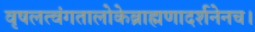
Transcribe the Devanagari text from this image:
वृषलत्वंगतालोकेब्राह्मणादर्शनेनच।